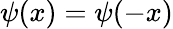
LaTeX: \psi(x)=\psi(-x)